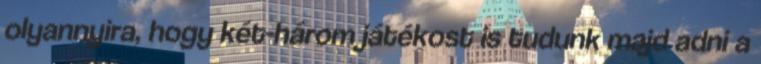
olyannyira, hogy két-három játékost is tudunk majd adni a